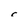
Character: r